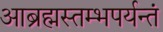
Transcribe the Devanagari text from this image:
आब्रह्मस्तम्भपर्यन्तं